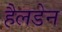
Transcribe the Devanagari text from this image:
हैलडेन